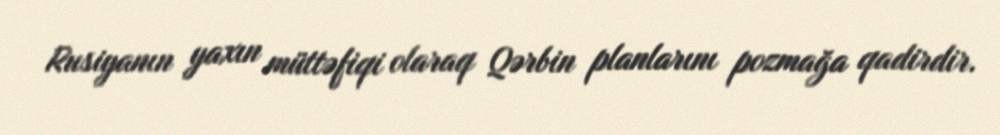
Rusiyanın yaxın müttəfiqi olaraq Qərbin planlarını pozmağa qadirdir.